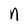
Character: n